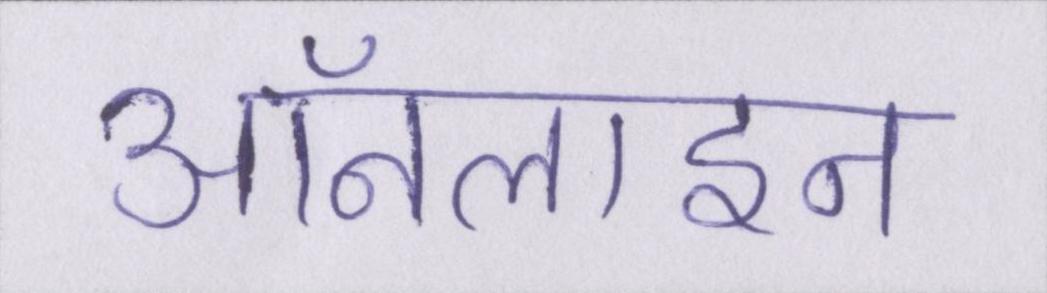
ऑनलाइन